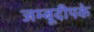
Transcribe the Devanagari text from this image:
जम्बूदीपके